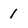
Character: 1